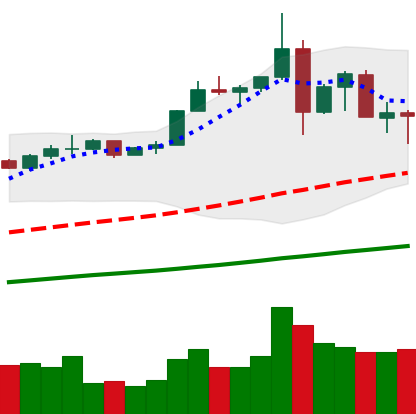
Ticker: ETH-USD
Chart end date: 2019-07-02
Forward return: 4.837%
Label: up_3_5